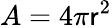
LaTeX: A=4\pi\mathsf{r}^{2}